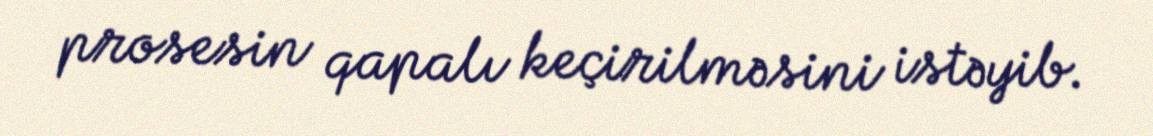
prosesin qapalı keçirilməsini istəyib.